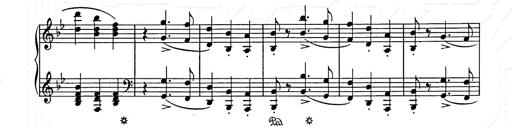
Title: Weihnachtsbaum
Composer: Franz Liszt